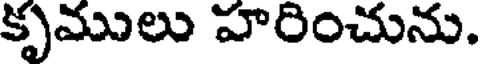
కృములు హరించును.